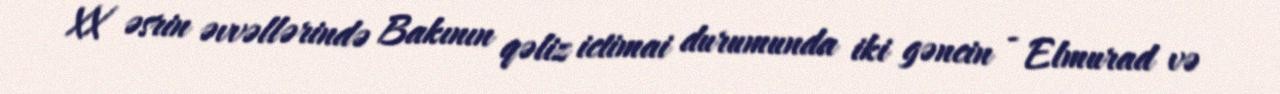
XX əsrin əvvəllərində Bakının qəliz ictimai durumunda iki gəncin - Elmurad və